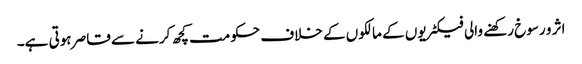
اثر و رسوخ رکھنے والی فیکٹریوں کے مالکوں کے خلاف حکومت کچھ کرنے سے قاصر ہوتی ہے۔